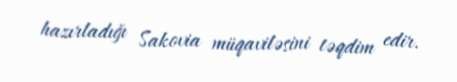
hazırladığı Sakovia müqaviləsini təqdim edir.